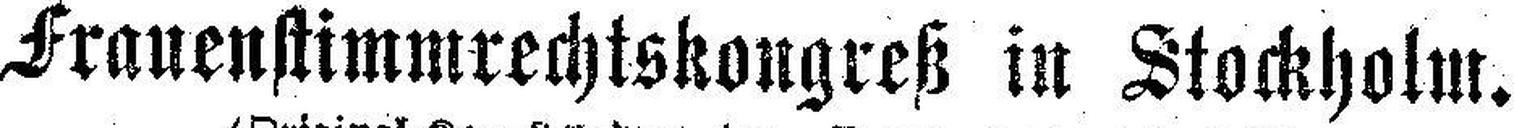
Frauenstimmrechtskongreß in Stockholm.